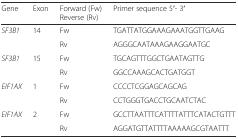
<table><thead><tr><td><b>Gene</b></td><td><b>Exon</b></td><td><b>Forward (Fw) Reverse (Rv)</b></td><td><b>Primer sequence 5′- 3′</b></td></tr></thead><tbody><tr><td><i>SF3B1</i></td><td>14</td><td>Fw</td><td>TGATTATGGAAAGAAATGGTTGAAG</td></tr><tr><td></td><td></td><td>Rv</td><td>AGGGCAATAAAGAAGGAATGC</td></tr><tr><td><i>SF3B1</i></td><td>15</td><td>Fw</td><td>TGCAGTTTGGCTGAATAGTTG</td></tr><tr><td></td><td></td><td>Rv</td><td>GGCCAAAGCACTGATGGT</td></tr><tr><td rowspan="2"><i>EIF1AX</i></td><td rowspan="2">1</td><td>Fw</td><td>CCCCTCGGAGCAGCAG</td></tr><tr><td>Rv</td><td>CCTGGGTGACCTGCAATCTAC</td></tr><tr><td><i>EIF1AX</i></td><td>2</td><td>Fw</td><td>GCCTTAATTTCATTTTATTTCATACTGTTT</td></tr><tr><td></td><td></td><td>Rv</td><td>AGGATGTTATTTTAAAAAGCGTAATTT</td></tr></tbody></table>